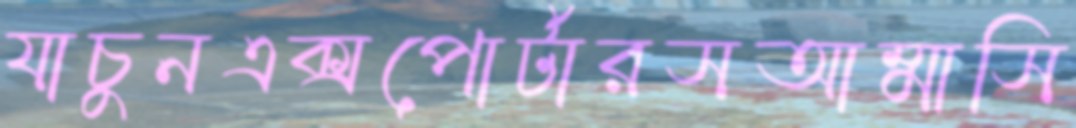
যাচুনএক্সপোর্টারসআম্মাসি